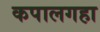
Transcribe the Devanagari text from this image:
कपालगहा